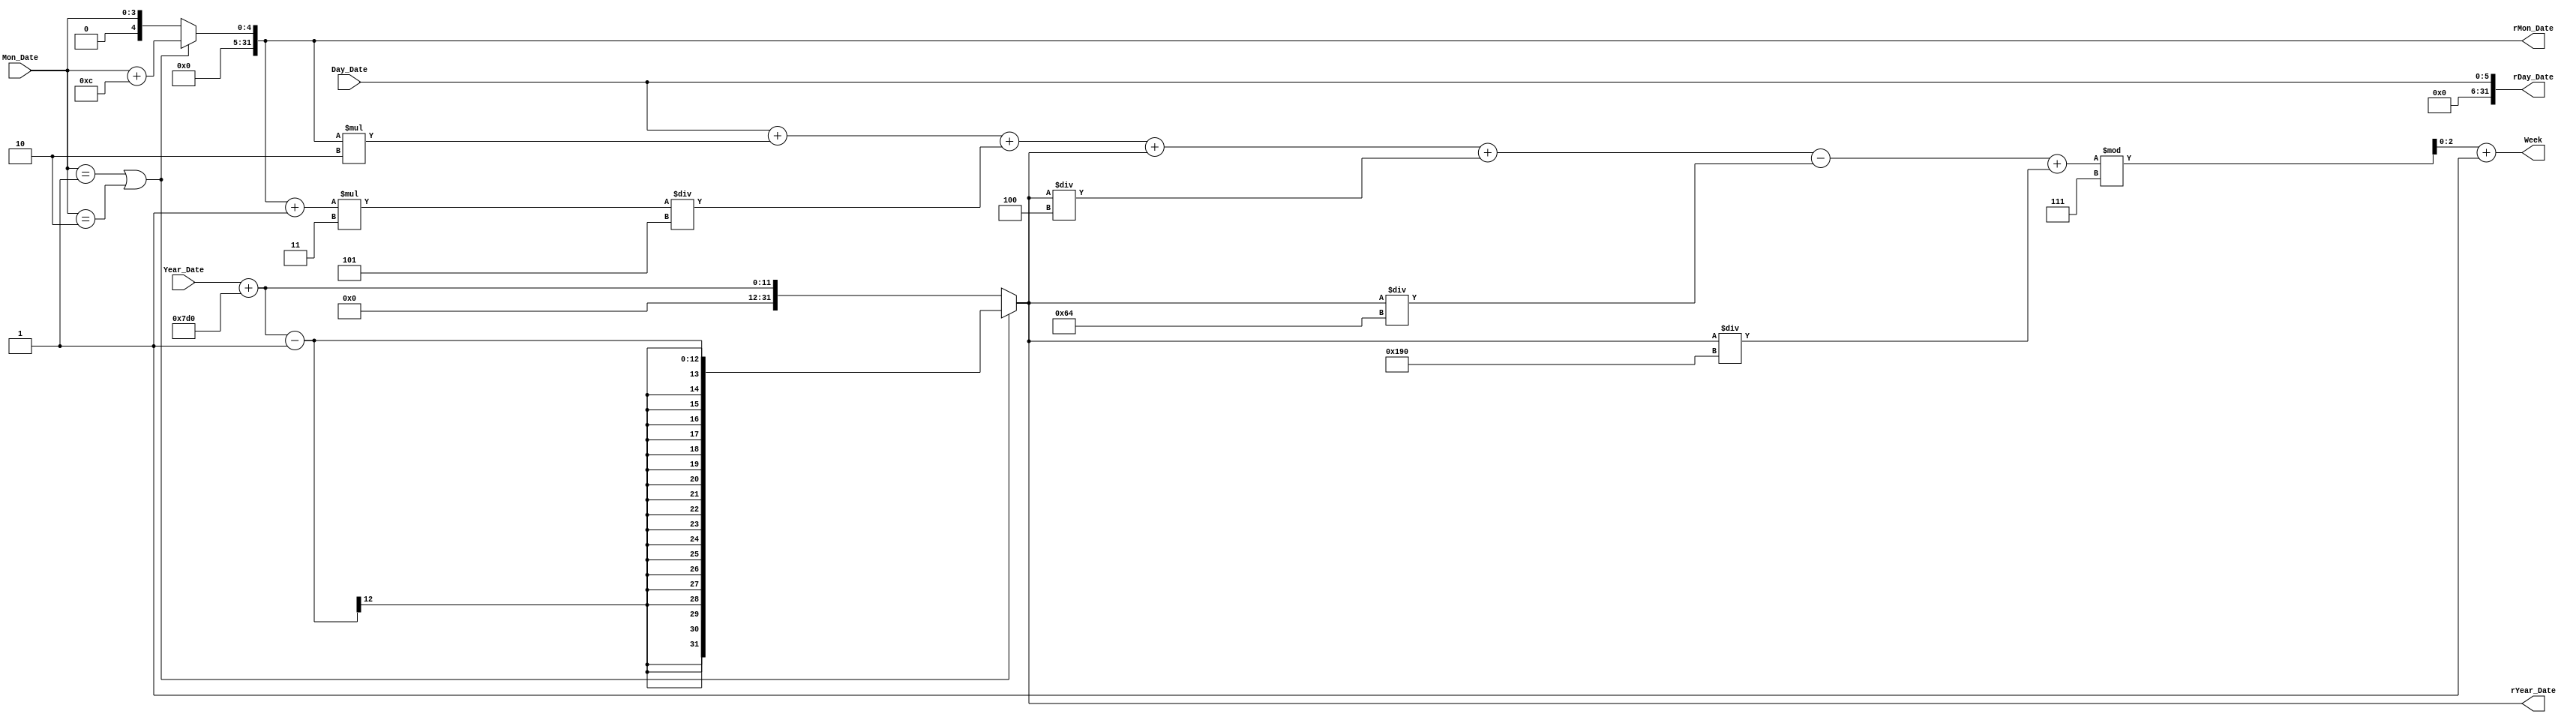
module Week (
	input wire [5:0] Day_Date,
	input wire [3:0] Mon_Date,
	input wire [6:0] Year_Date,

	output reg [2:0] Week,
	output reg [31:0] rDay_Date,
	output reg [31:0] rMon_Date,
	output reg [31:0] rYear_Date
);

always @(*) begin
	rDay_Date = Day_Date;
	rMon_Date = Mon_Date;
	rYear_Date = Year_Date+11'd2000;
	if((rMon_Date==4'd1)||(rMon_Date==4'd2)) begin
		rMon_Date = rMon_Date + 4'd12;
		rYear_Date = rYear_Date - 1'b1;
	end
	Week = (rDay_Date + rMon_Date*2 + (rMon_Date+1)*3/5 + rYear_Date 
		+ rYear_Date/4 - rYear_Date/100 + rYear_Date/400) % 7 + 1;
end	
endmodule